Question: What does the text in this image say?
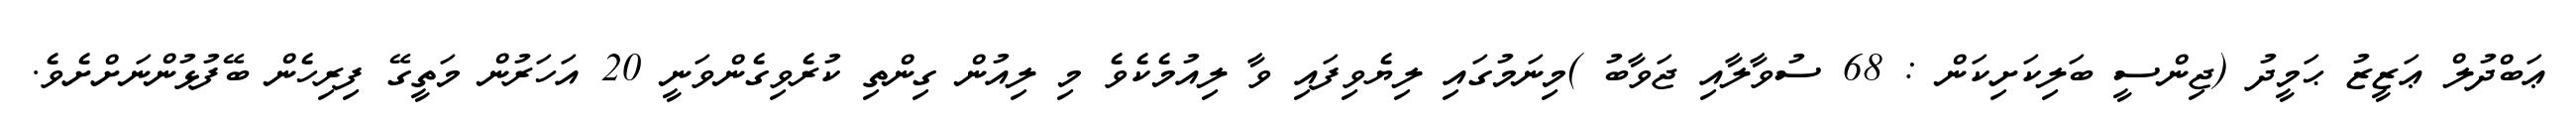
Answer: ޢަބްދުލް ޢަޒީޒު ޙަމީދު (ޖިންސީ ބަލިކަށިކަން : 68 ސުވާލާއި ޖަވާބު )މިނަމުގައި ލިޔެވިފައި ވާ ލިއުމެކެވެ މި ލިއުން ގިންތި ކުރެވިގެންވަނީ 20 އަހަރުން މަތީގޭ ފިރިހެން ބޭފުޅުންނަށްށެވެ.